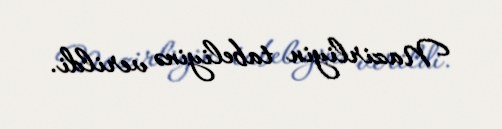
Nazirliyin tabeliyinə verildi.